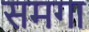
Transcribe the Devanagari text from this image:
समगा